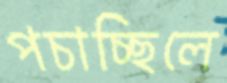
পচাচ্ছিলে